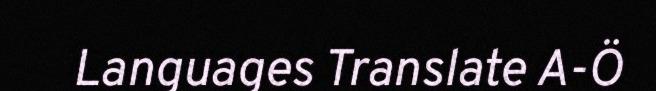
Languages Translate A-Ö